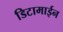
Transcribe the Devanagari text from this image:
डिटामाईन